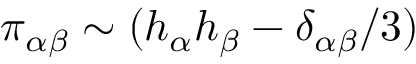
\pi _ { \alpha \beta } \sim ( h _ { \alpha } h _ { \beta } - \delta _ { \alpha \beta } / 3 )